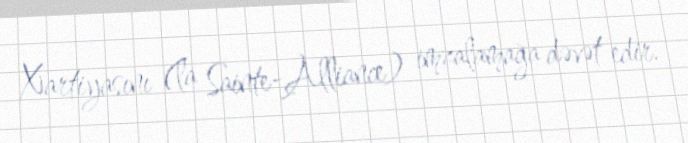
Xartiyasını (la Sainte-Alliance) imzalamağa dəvət edir.